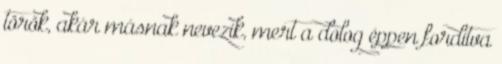
török, akár másnak nevezik, mert a dolog éppen fordítva